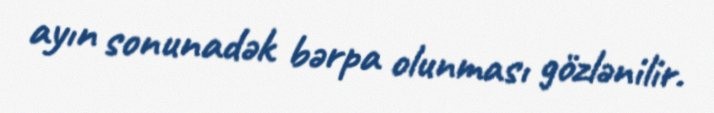
ayın sonunadək bərpa olunması gözlənilir.